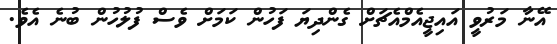
އޭނާ މަރުވީ އައިޖީއެމްއެޗަށް ގެންދިޔަ ފަހުން ކަމަށް ވެސް ފުލުހުން ބުނެ އެވެ.